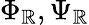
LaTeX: \Phi_{\mathbb{R}},\Psi_{\mathbb{R}}